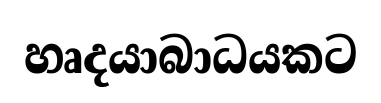
හෘදයාබාධයකට